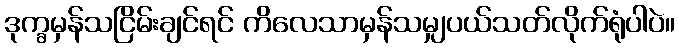
ဒုက္ခမှန်သငြိမ်းချင်ရင် ကိလေသာမှန်သမျှပယ်သတ်လိုက်ရုံပါပဲ။